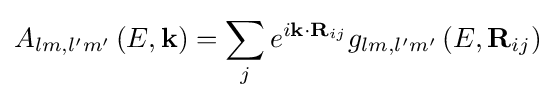
{A_{lm,l'm'}}\left({E,{\bf {k}}}\right)=\sum \limits _{j}{e^{i{\bf {k}}\cdot {{\bf {R}}_{ij}}}}{g_{lm,l'm'}}\left({E,{{\bf {R}}_{ij}}}\right)